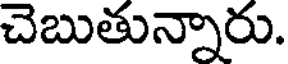
చెబుతున్నారు.